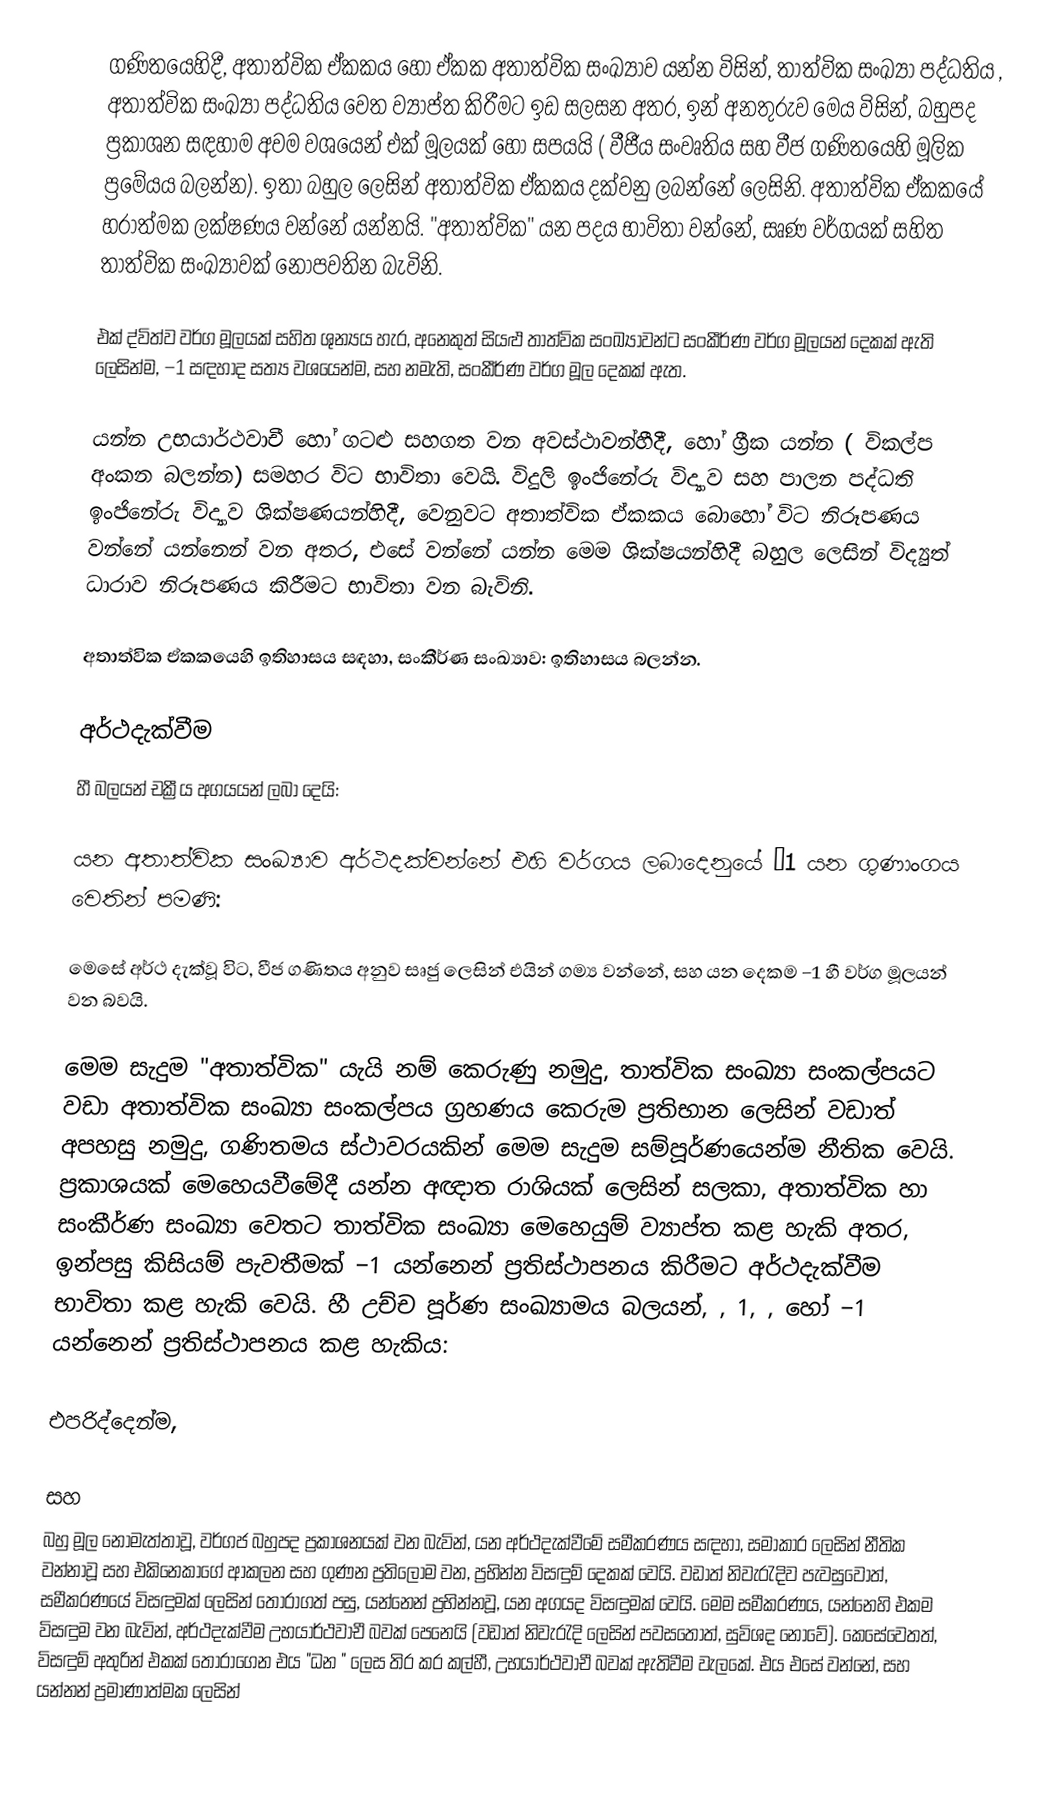
ගණිතයෙහිදී, අතාත්වික ඒකකය හෝ  ඒකක අතාත්වික සංඛ්‍යාව යන්න විසින්,   තාත්වික සංඛ්‍යා පද්ධතිය ,  අතාත්වික සංඛ්‍යා පද්ධතිය  වෙත ව්‍යාප්ත කිරීමට ඉඩ සලසන අතර, ඉන් අනතුරුව මෙය විසින්, බහුපද ප්‍රකාශන  සඳහාම අවම වශයෙන් එක්  මූලයක් හෝ සපයයි ( වීජීය සංවෘතිය සහ වීජ ගණිතයෙහි මූලික ප්‍රමේයය බලන්න). ඉතා බහුල ලෙසින් අතාත්වික ඒකකය දක්වනු ලබන්නේ  ලෙසිනි. අතාත්වික ඒකකයේ හරාත්මක ලක්ෂණය වන්නේ  යන්නයි. "අතාත්වික" යන පදය භාවිතා වන්නේ,  සෘණ වර්ගයක් සහිත තාත්වික සංඛ්‍යාවක් නොපවතින බැවිනි.

එක් ද්විත්ව වර්ග මූලයක් සහිත ශුන්‍යය හැර, අනෙකුත් සියළු තාත්වික සංඛ්‍යාවන්ට සංකීර්ණ වර්ග මූලයන් දෙකක් ඇති ලෙසින්ම, −1 සඳහාද සත්‍ය වශයෙන්ම,  සහ  නමැති, සංකීර්ණ වර්ග මූල දෙකක් ඇත.

 යන්න උභයාර්ථවාචී හෝ ගටළු සහගත වන අවස්ථාවන්හීදී,  හෝ ග්‍රීක  යන්න ( විකල්ප  අංකන බලන්න) සමහර විට භාවිතා වෙයි. විදුලි ඉංජිනේරු විද්‍යාව සහ පාලන පද්ධති ඉංජිනේරු විද්‍යාව ශික්ෂණයන්හිදී,  වෙනුවට අතාත්වික ඒකකය බොහෝ විට නිරූපණය වන්නේ  යන්නෙන් වන අතර, එසේ වන්නේ   යන්න මෙම ශික්ෂයන්හිදී බහුල ලෙසින්  විද්‍යුත් ධාරාව නිරූපණය කිරීමට භාවිතා වන බැවිනි.

අතාත්වික ඒකකයෙහි ඉතිහාසය සඳහා, සංකීර්ණ සංඛ්‍යාව: ඉතිහාසය බලන්න.

අර්ථදැක්වීම
  හී බලයන්  චක්‍රීය අගයයන් ලබා දෙයි:

 යන අතාත්වික සංඛ්‍යාව අර්ථදක්වන්නේ එහි  වර්ගය ලබාදෙනුයේ −1 යන ගුණාංගය වෙතින් පමණි:

 මෙසේ අර්ථ දැක්වූ විට, වීජ ගණිතය අනුව සෘජු ලෙසින්  එයින් ගම්‍ය වන්නේ,  සහ  යන දෙකම  −1 හී වර්ග මූලයන් වන බවයි.

මෙම සැදුම "අතාත්වික" යැයි නම් කෙරුණු නමුදු, තාත්වික සංඛ්‍යා සංකල්පයට වඩා අතාත්වික සංඛ්‍යා සංකල්පය ග්‍රහණය කෙරුම ප්‍රතිභාන ලෙසින් වඩාත් අපහසු නමුදු, ගණිතමය ස්ථාවරයකින් මෙම සැදුම සම්පූර්ණයෙන්ම නීතික වෙයි. ප්‍රකාශයක් මෙහෙයවීමේදී  යන්න අඥාත රාශියක් ලෙසින් සලකා, අතාත්වික හා සංකීර්ණ සංඛ්‍යා වෙතට තාත්වික සංඛ්‍යා මෙහෙයුම් ව්‍යාප්ත කළ හැකි අතර, ඉන්පසු  කිසියම්  පැවතීමක්  −1 යන්නෙන් ප්‍රතිස්ථාපනය කිරීමට අර්ථදැක්වීම භාවිතා කළ හැකි වෙයි.  හී උච්ච පූර්ණ සංඛ්‍යාමය බලයන්, , 1, , හෝ −1 යන්නෙන් ප්‍රතිස්ථාපනය කළ හැකිය:

එපරිද්දෙන්ම,

සහ
බහු මූල නොමැත්තාවූ, වර්ගජ බහුපද ප්‍රකාශනයක් වන බැවින්,   යන අර්ථදැක්වීමේ සමීකරණය සඳහා, සමාකාර ලෙසින් නීතික වන්නාවූ සහ එකිනෙකාගේ ආකලන සහ  ගුණන ප්‍රතිලෝම වන,  ප්‍රභින්න විසඳුම්   දෙකක් වෙයි. වඩාත් නිවැරැදිව පැවසුවොත්, සමීකරණයේ විසඳුමක් ලෙසින්  තෝරාගත් පසු,  යන්නෙන් ප්‍රභින්නවූ,  යන අගයද විසඳුමක් වෙයි. මෙම සමීකරණය,   යන්නෙහි එකම විසඳුම වන බැවින්, අර්ථදැක්වීම උභයාර්ථවාචී බවක් පෙනෙයි (වඩාත් නිවැරැදි ලෙසින් පවසතොත්, සුවිශද නොවේ). කෙසේවෙතත්, විසඳුම් අතුරින් එකක් තෝරාගෙන එය "ධන " ලෙස තිර කර කල්හී, උභයාර්ථවාචී බවක් ඇතිවීම වැලකේ. එය එසේ වන්නේ,  සහ  යන්නන් ප්‍රමාණාත්මක ලෙසින්